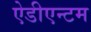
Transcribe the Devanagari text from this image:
ऐडीएन्टम